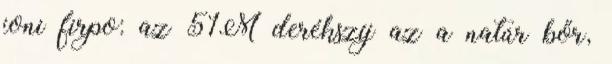
joni firpo: az 51M derékszíj az a natúr bőr,